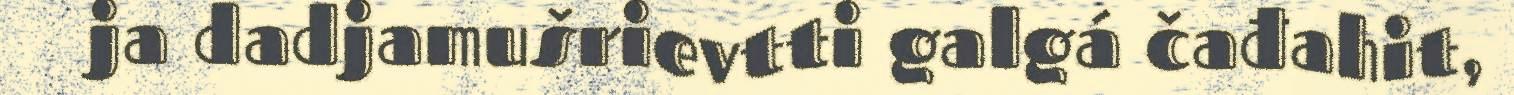
ja dadjamušrievtti galgá čađahit,